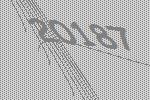
20187